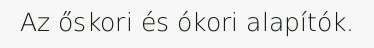
Az őskori és ókori alapítók.